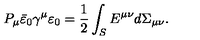
P _ { \mu } \bar { \varepsilon } _ { 0 } \gamma ^ { \mu } \varepsilon _ { 0 } = { \frac { 1 } { 2 } } \int _ { S } E ^ { \mu \nu } d \Sigma _ { \mu \nu } .